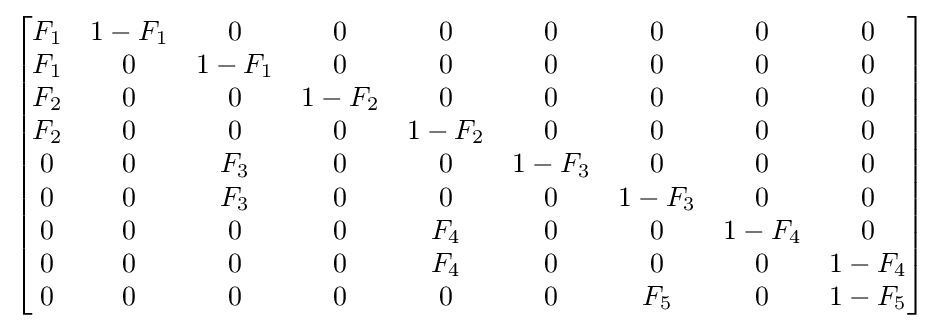
{\begin{bmatrix}F_{1}&1-F_{1}&0&0&0&0&0&0&0\\F_{1}&0&1-F_{1}&0&0&0&0&0&0\\F_{2}&0&0&1-F_{2}&0&0&0&0&0\\F_{2}&0&0&0&1-F_{2}&0&0&0&0\\0&0&F_{3}&0&0&1-F_{3}&0&0&0\\0&0&F_{3}&0&0&0&1-F_{3}&0&0\\0&0&0&0&F_{4}&0&0&1-F_{4}&0\\0&0&0&0&F_{4}&0&0&0&1-F_{4}\\0&0&0&0&0&0&F_{5}&0&1-F_{5}\\\end{bmatrix}}